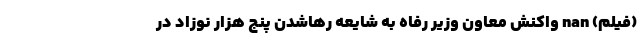
(فیلم) nan واکنش معاون وزیر رفاه به شایعه رهاشدن پنج هزار نوزاد در